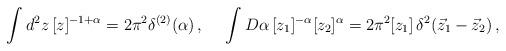
LaTeX: \begin{align*}\int d^2z\,[z]^{-1+\alpha} = 2 \pi^2 \delta^{(2)}(\alpha) \,,&&\int D \alpha\,[z_1]^{-\alpha}[z_2]^{\alpha} =2\pi^2[z_1]\,\delta^2(\vec{z}_1-\vec{z}_2)\,,\end{align*}